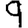
Digit: 9